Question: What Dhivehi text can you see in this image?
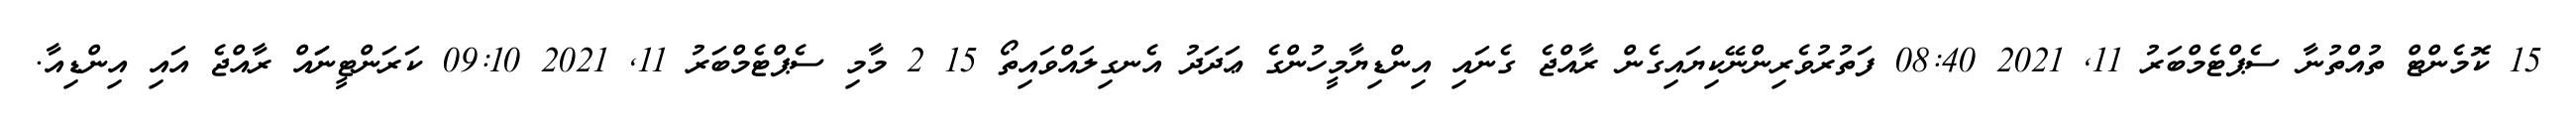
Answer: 15 ކޮމެންޓް ތުއްތުނާ ސެޕްޓެމްބަރު 11, 2021 08:40 ފަތުރުވެރިންނޭކިޔައިގެން ރާއްޖެ ގެނައި އިންޑިޔާމީހުންގެ ޢަދަދު އެނގިލައްވައިތޯ 15 2 މާމި ސެޕްޓެމްބަރު 11, 2021 09:10 ކަރަންޓީނަައް ރާއްޖެ އައި އިންޑިއާ.